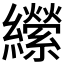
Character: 𦇝